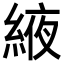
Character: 𦁹